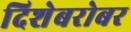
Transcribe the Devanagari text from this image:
दिशेबरोबर